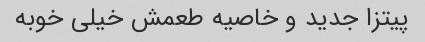
پیتزا جدید و خاصیه طعمش خیلی خوبه